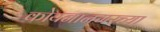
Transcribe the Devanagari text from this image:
कोयनानगरच्या